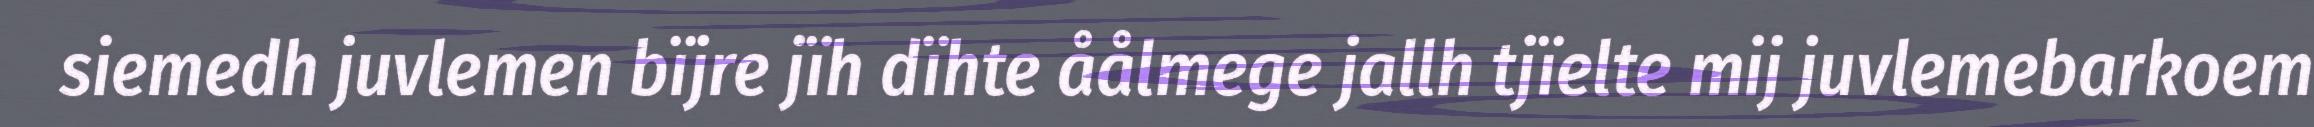
siemedh juvlemen bïjre jïh dïhte åålmege jallh tjïelte mij juvlemebarkoem